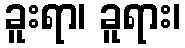
ခူးရာ၊ ခူရား၊